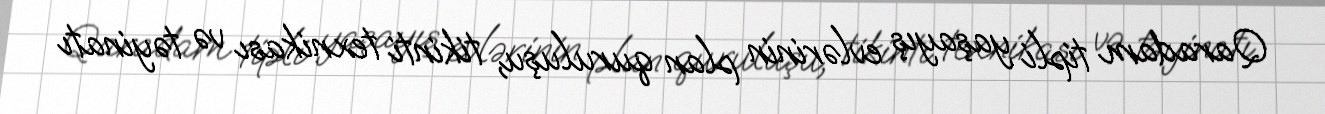
Qaradam tipli yaşayış evlərinin plan quruluşu, tikinti texnikası və təyinatı